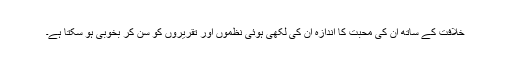
خلافت کے ساتھ ان کی محبت کا اندازہ ان کی لکھی ہوئی نظموں اور تقریروں کو سن کر بخوبی ہو سکتا ہے۔